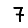
Digit: 7